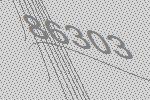
86303